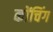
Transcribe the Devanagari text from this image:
कोंचिंग